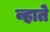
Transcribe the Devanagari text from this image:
व्हाते